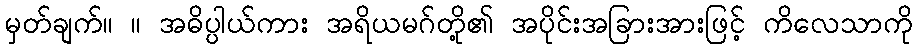
မှတ်ချက်။ ။ အဓိပ္ပါယ်ကား အရိယမဂ်တို့၏ အပိုင်းအခြားအားဖြင့် ကိလေသာကို